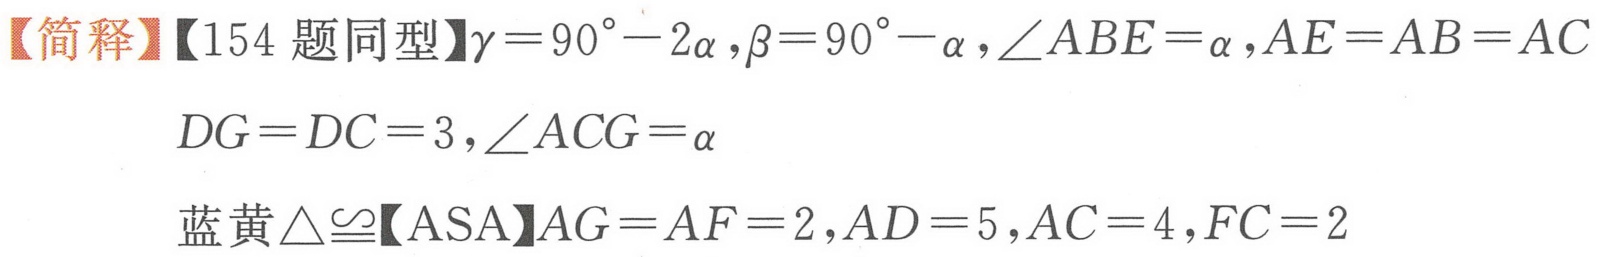
【简释】【154 题同型】\(\gamma = 90^{\circ}-2\alpha\)，\(\beta = 90^{\circ}-\alpha\)，\(\angle ABE=\alpha\)，\(AE = AB = AC\)
\(DG = DC = 3\)，\(\angle ACG=\alpha\)
蓝黄\(\triangle\cong\)【ASA】\(AG = AF = 2\)，\(AD = 5\)，\(AC = 4\)，\(FC = 2\)